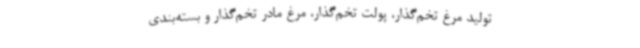
تولید مرغ تخم‌گذار، پولت تخم‌گذار، مرغ مادر تخم‌گذار و بسته‌بندی